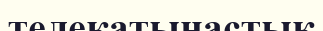
телеқатынастық